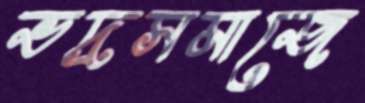
ভদ্রসমাজে